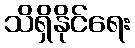
သိရှိနိုင်ရေး